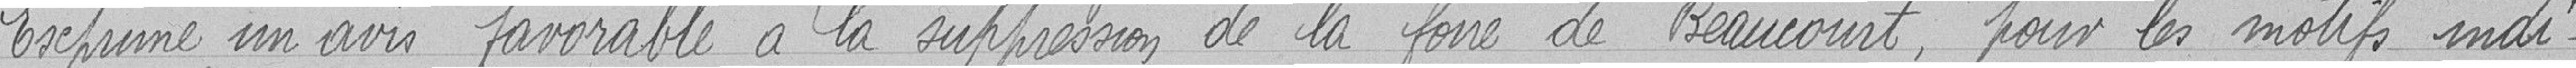
Exprime un avis favorable à la suppression de la foire de Beaucourt, pour les motifs indi-